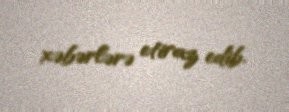
xəbərlərə etiraz edib.